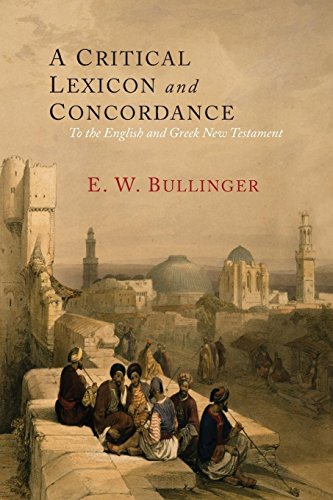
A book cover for A Critical Lexicon and Concordance to the English and Greek New Testament: Together with an Index of Greek Words; E. W. Bullinger; Christian Books & Bibles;